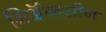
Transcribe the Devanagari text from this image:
निॲकसीन